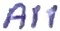
Text: A11